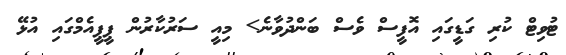
ޓުވިޓް ކުރި ގަޑީގައި އޮފީސް ވެސް ބަންދުވާނެ> މިއީ ސަރުކާރުން ޕީޕީއެމްގައި އުޅޭ